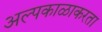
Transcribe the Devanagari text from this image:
अल्पकाळाकरता